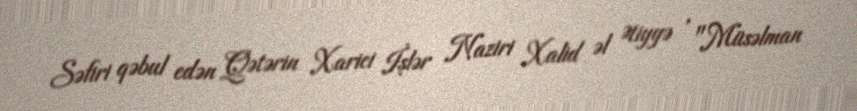
Səfiri qəbul edən Qətərin Xarici İşlər Naziri Xalid əl Ətiyyə , "Müsəlman